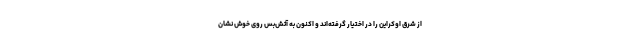
از شرق اوکراین را در اختیار گرفته‌اند و اکنون به آتش‌بس روی خوش نشان